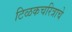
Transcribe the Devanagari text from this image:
टिळकचरित्राचे